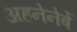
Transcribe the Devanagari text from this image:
अहनेनेर्बे